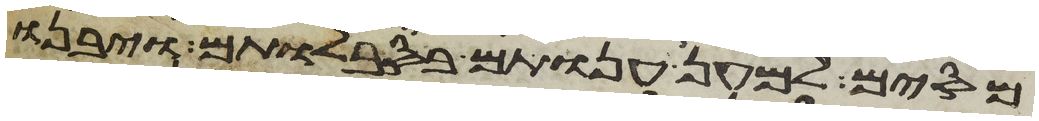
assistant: מסים למען ענותם בסבלותם ויבנו